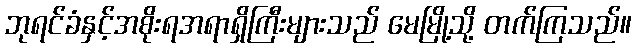
ဘုရင်ခံနှင့်အစိုးရအရာရှိကြီးများသည် မေမြို့သို့ တက်ကြသည်။